Annual report on the lock hospitals of the Madras Presidency
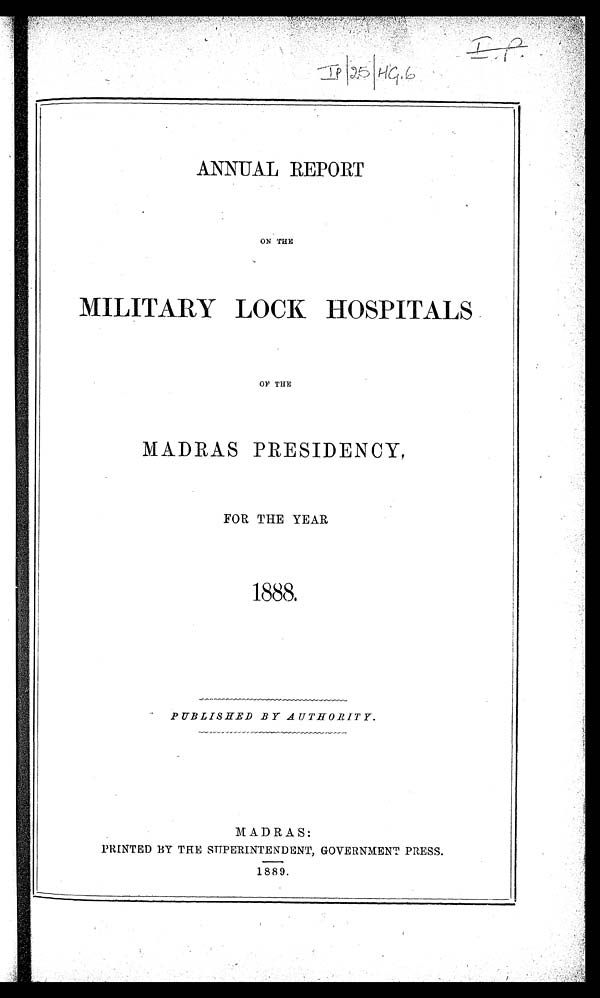
ANNUAL REPORT
ON THE
MILITARY LOCK HOSPITALS.
0F THE
MADRAS PRESIDENCY .
FOR THE YEAR
1888.
PUBLISHED BY AUTHORITY.
MADRAS:
PRINTED BY THE SUPERINTENDENT, GOVERNMENT PRESS.
1889.